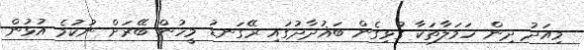
މިއަދު ދިން ހަމަލާތަކާ ގުޅިގެން ބަޣުދާދުގައި ރޭގަނޑު މީހުން ބޭރަށް ނުކުމެ އުޅުން